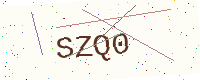
Text: SZQ0